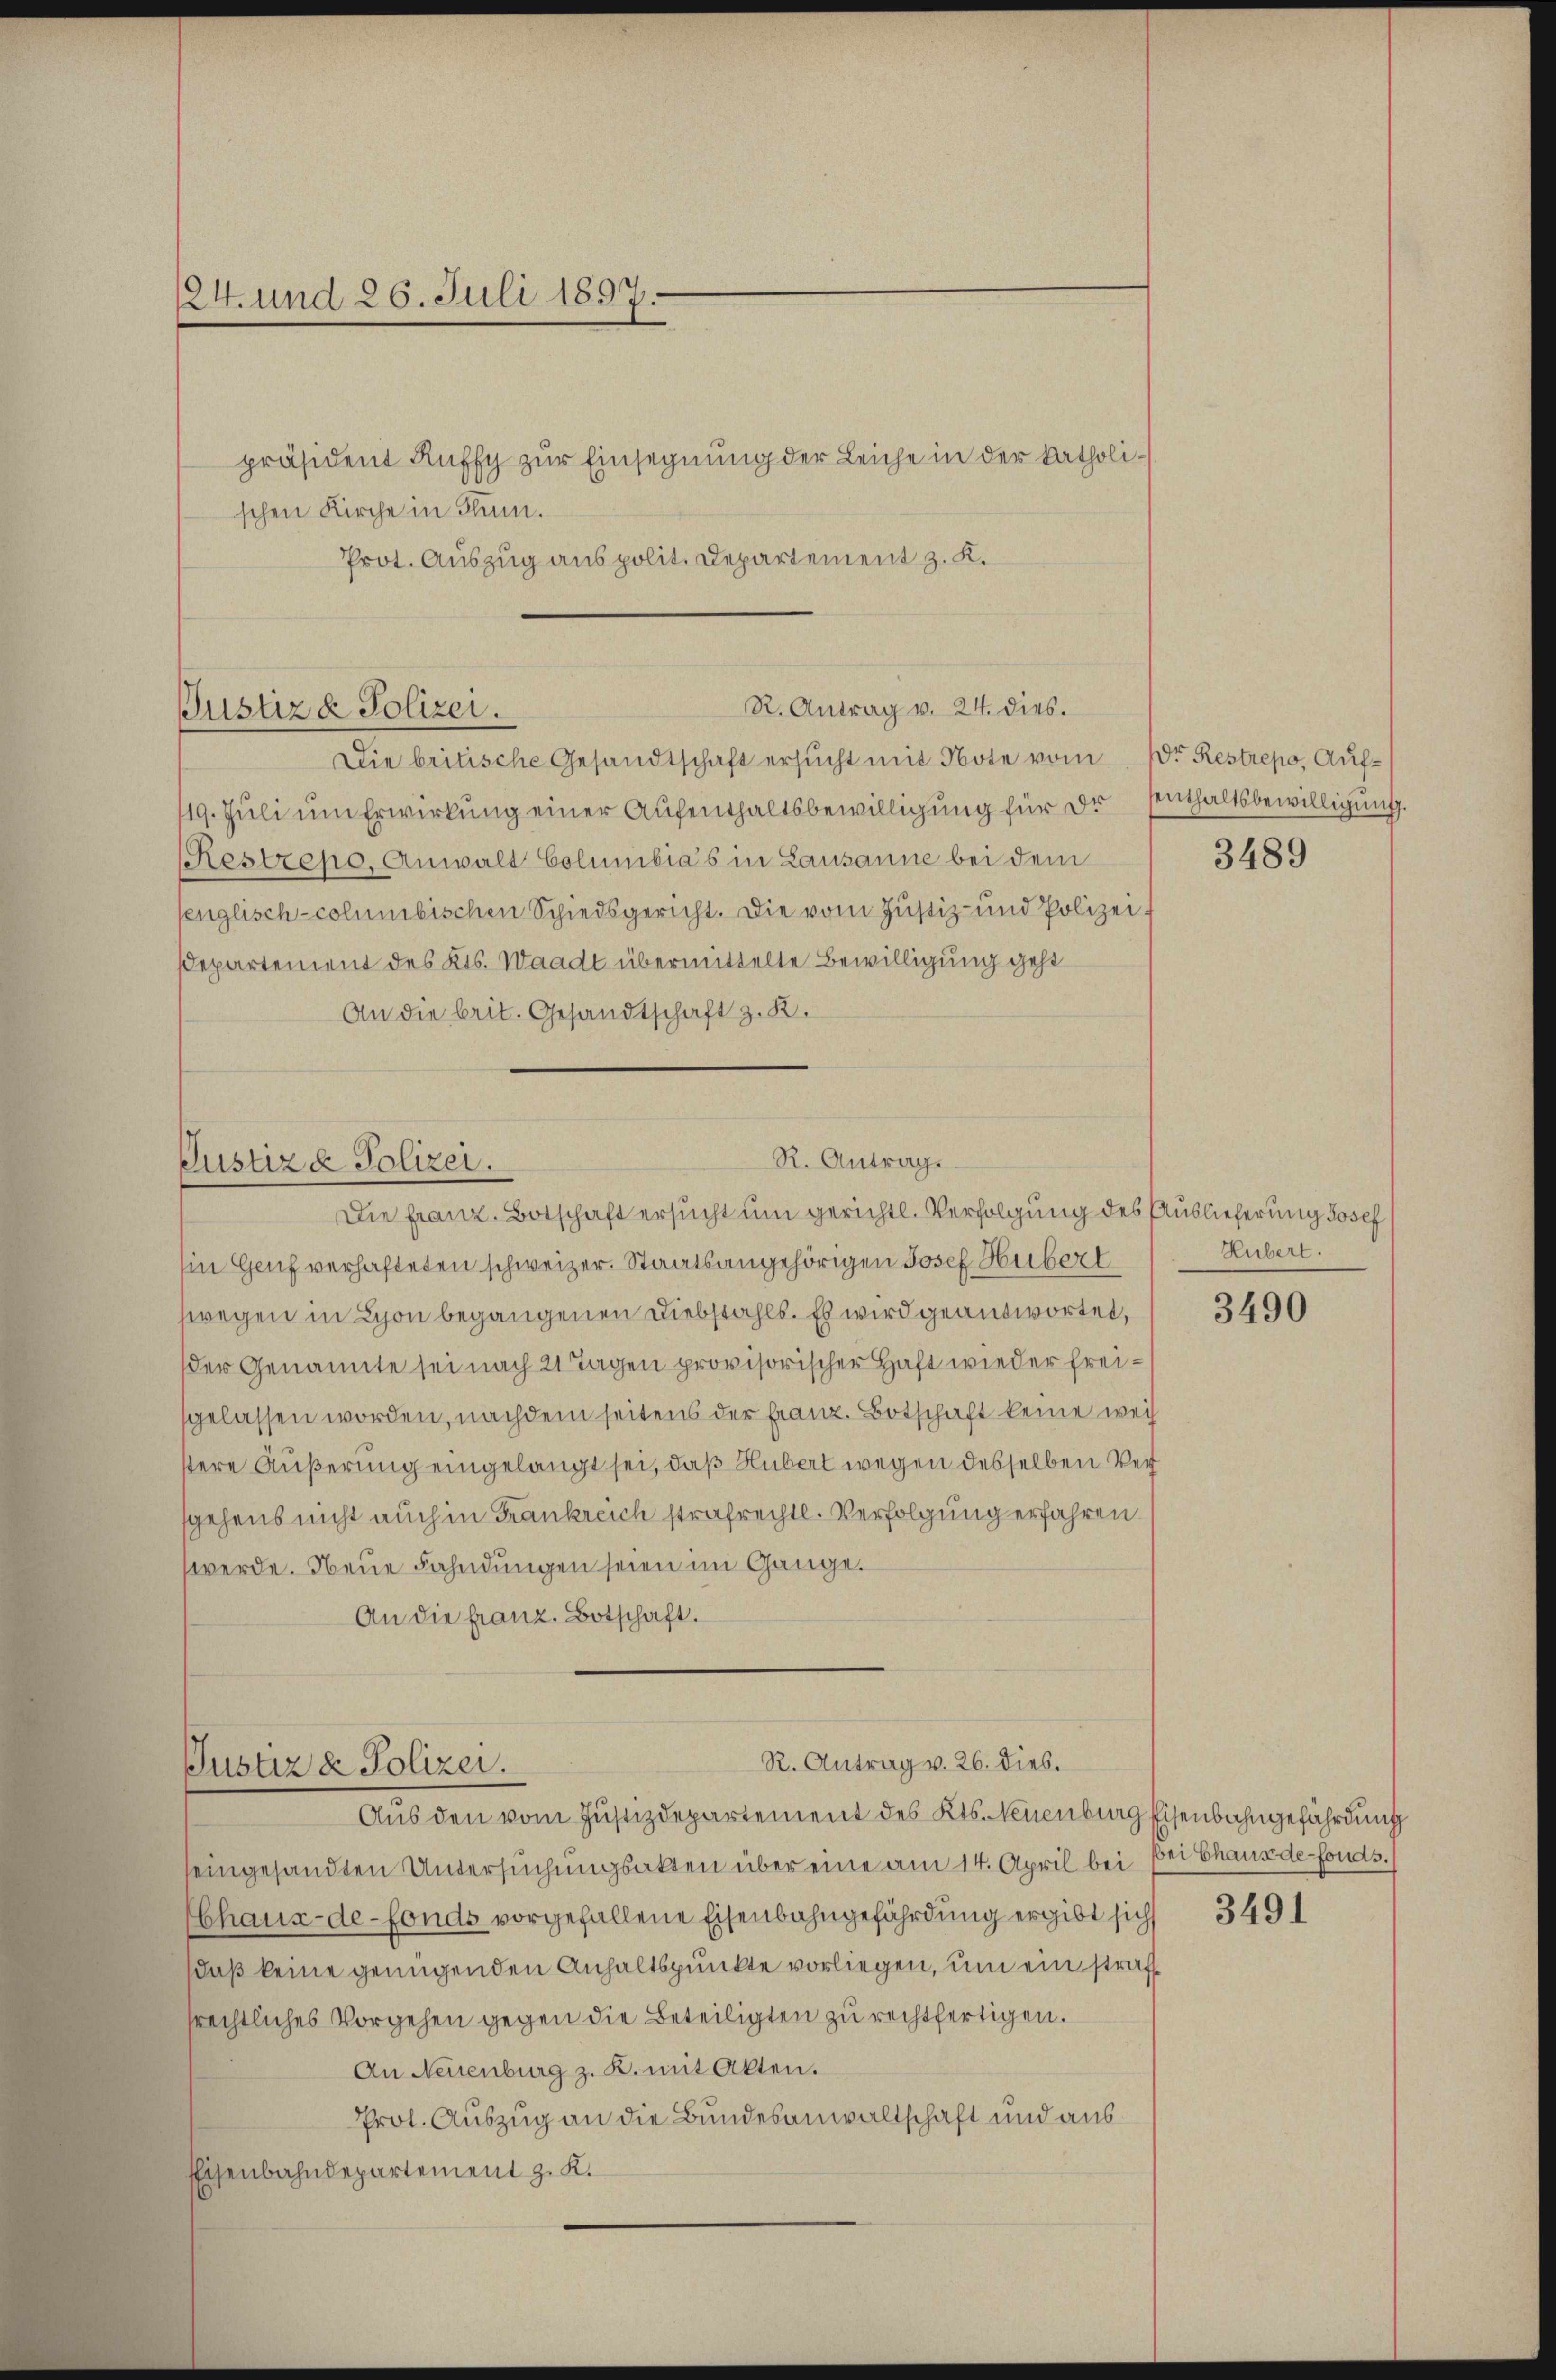
24. und 26. Juli 1897.
präsident Ruffy zur Einsegnung der Leiche in der katholischen Kirche in Thun.
Prot. Auszug aus polit. Departement z. K.

R. Antrag v. 24. dies.
Justiz & Polizei.
Die britische Gesandtschaft ersucht mit Note vom 10ten Restrepo, Auf¬

119. Juli um Erwirkung einer Aufenthaltsbewilligung für dr senthaltsbewilligung
RRestrepo, Anwalt Columbias in Lausanne bei dem
englisch-columbischen Schiedsgericht. Die vom Justiz- und Polizei¬
Departement des Kts. Waadt übermittelte Bewilligung geht
An die beit. Gesandtschaft z. K.

in Genf verhafteten schweizer. Staatsangehörigen Josef Hubert
swegen in Lyon begangenen Diebstahls. Es wird geantwortet,
der Genannte sei nach 21 Tagen provisorischer Haft wieder freigelassen worden, nachdem seitens der Franz. Botschaft keine weis
stere Äußerung eingelangt sei, daß Hubert wegen desselben Versgehens nicht auch in Frankreich strafrechtl. Verfolgung erfahren
werde. Neue Fahndungen seien im Gange.
An die franz. Botschaft.

R. Antrag.
Justiz & Polizei.
Die Franz. Botschaft ersucht um gerichtl. Verfolgung des Auslieferung Josef

R. Antrag v. 26. Dieb.
Justiz & Polizei.

Aus den vom Justizdepartement des Kts. Neuenburg Eisenbahngefährdung
seingesandten Untersuchungsakten über eine am 14. April bei bei Chaus de fonds.
Chaux-de-Fonds vorgefallene Eisenbahngefährdung ergibt sich
daß keine genügenden Anhaltspunkte vorliegen, um ein straftrechtliches Vorgehen gegen die Beteiligten zu rechtfertigen.
An Neuenburg z. R. mit Akten.
Prol. Auszug an die Bundesanwaltschaft und aus
Eisenbahndepartement z. K.

3489

Hubert.

3490

3491